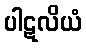
ပါဋလိယံ